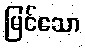
မြင်သော